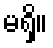
မရှိ။